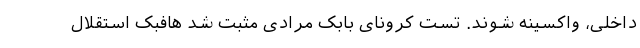
داخلی، واکسینه شوند. تست کرونای بابک مرادی مثبت شد هافبک استقلال